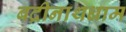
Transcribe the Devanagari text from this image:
बद्रीनाथधाम